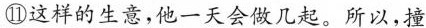
⑪这样的生意，他一天会做几起。所以，撞